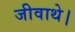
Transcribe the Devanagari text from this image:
जीवाथे।